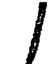
/